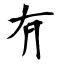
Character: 𠕆